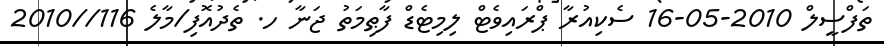
ތަފްސީލް 2010-05-16 ސެކިއުރާ ޕްރައިވެޓް ލިމިޓެޑް ފާޠިމަތު ޖަނާ ހ. ތެދުއޮފި/މާލެ 116//2010